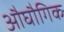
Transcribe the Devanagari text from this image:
औघौगिक